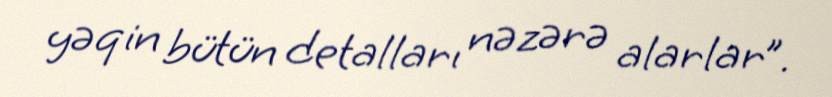
yəqin bütün detalları nəzərə alarlar”.